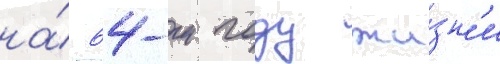
на́ 64-м году жи́зн'и